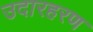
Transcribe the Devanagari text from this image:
उदारहरण